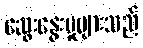
ဆွေးနွေးမှုများသည်